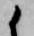
候